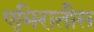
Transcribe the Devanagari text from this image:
एमिरातीस